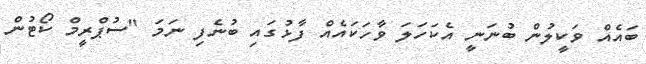
ބައެއް ވަކީލުން ބުނަނީ އެކަހަލަ ވާހަކައެއް ފާޅުގައި ބުނެފި ނަމަ "ސުޕްރީމް ކޯޓުން